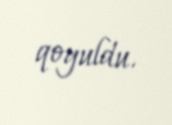
qoyuldu.